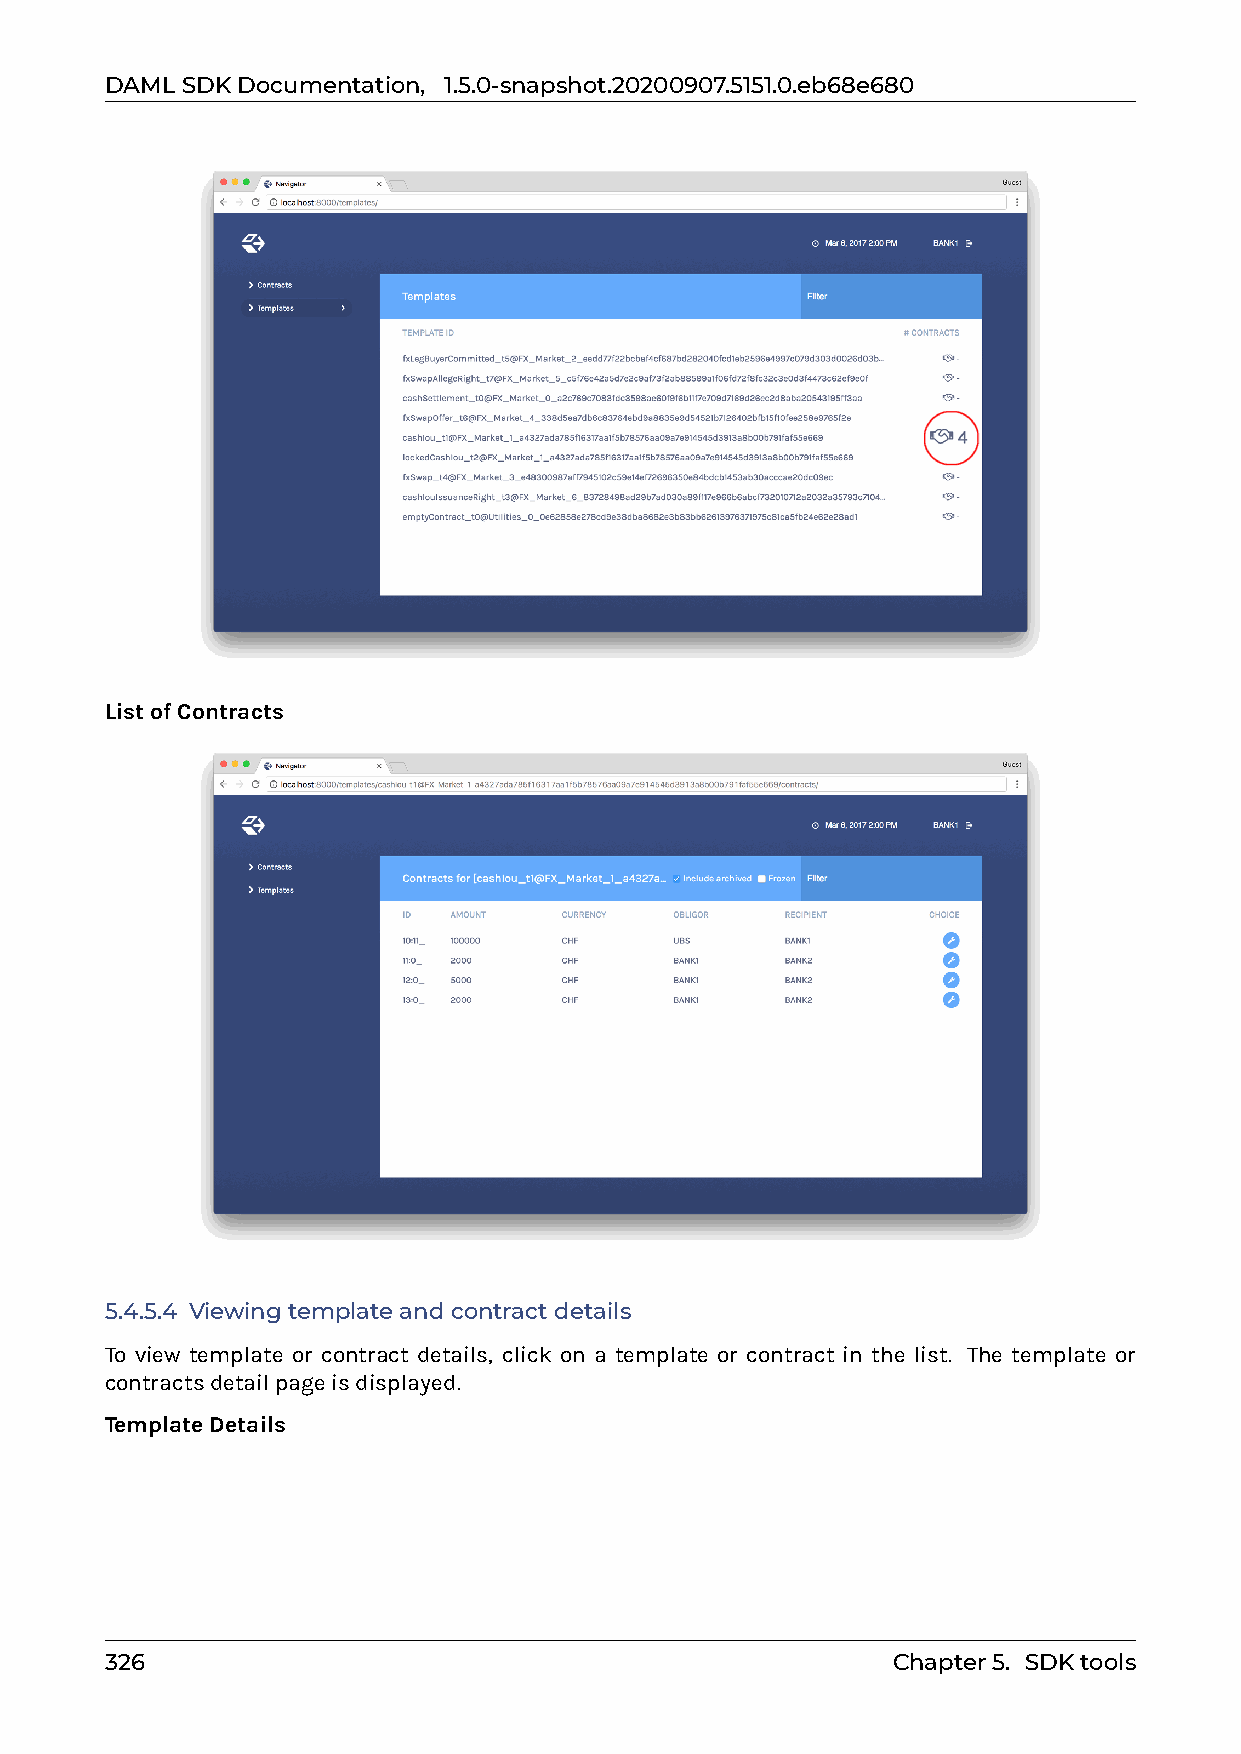
DAMLSDKDocumentation, 1.5.0-snapshot.20200907.5151.0.eb68e680
 ListofContracts
 5.4.5.4 Viewingtemplateandcontractdetails
 To view template or contract details, click on a template or contract in the list. The template or
 contractsdetailpageisdisplayed.
 TemplateDetails
 326                                                 Chapter5. SDKtools